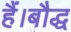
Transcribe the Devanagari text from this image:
हैं।बौद्ध